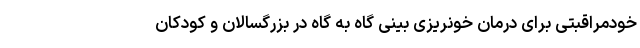
خودمراقبتی برای درمان خونریزی بینی گاه به گاه در بزرگسالان و کودکان